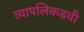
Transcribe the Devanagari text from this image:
त्यापलिकडची